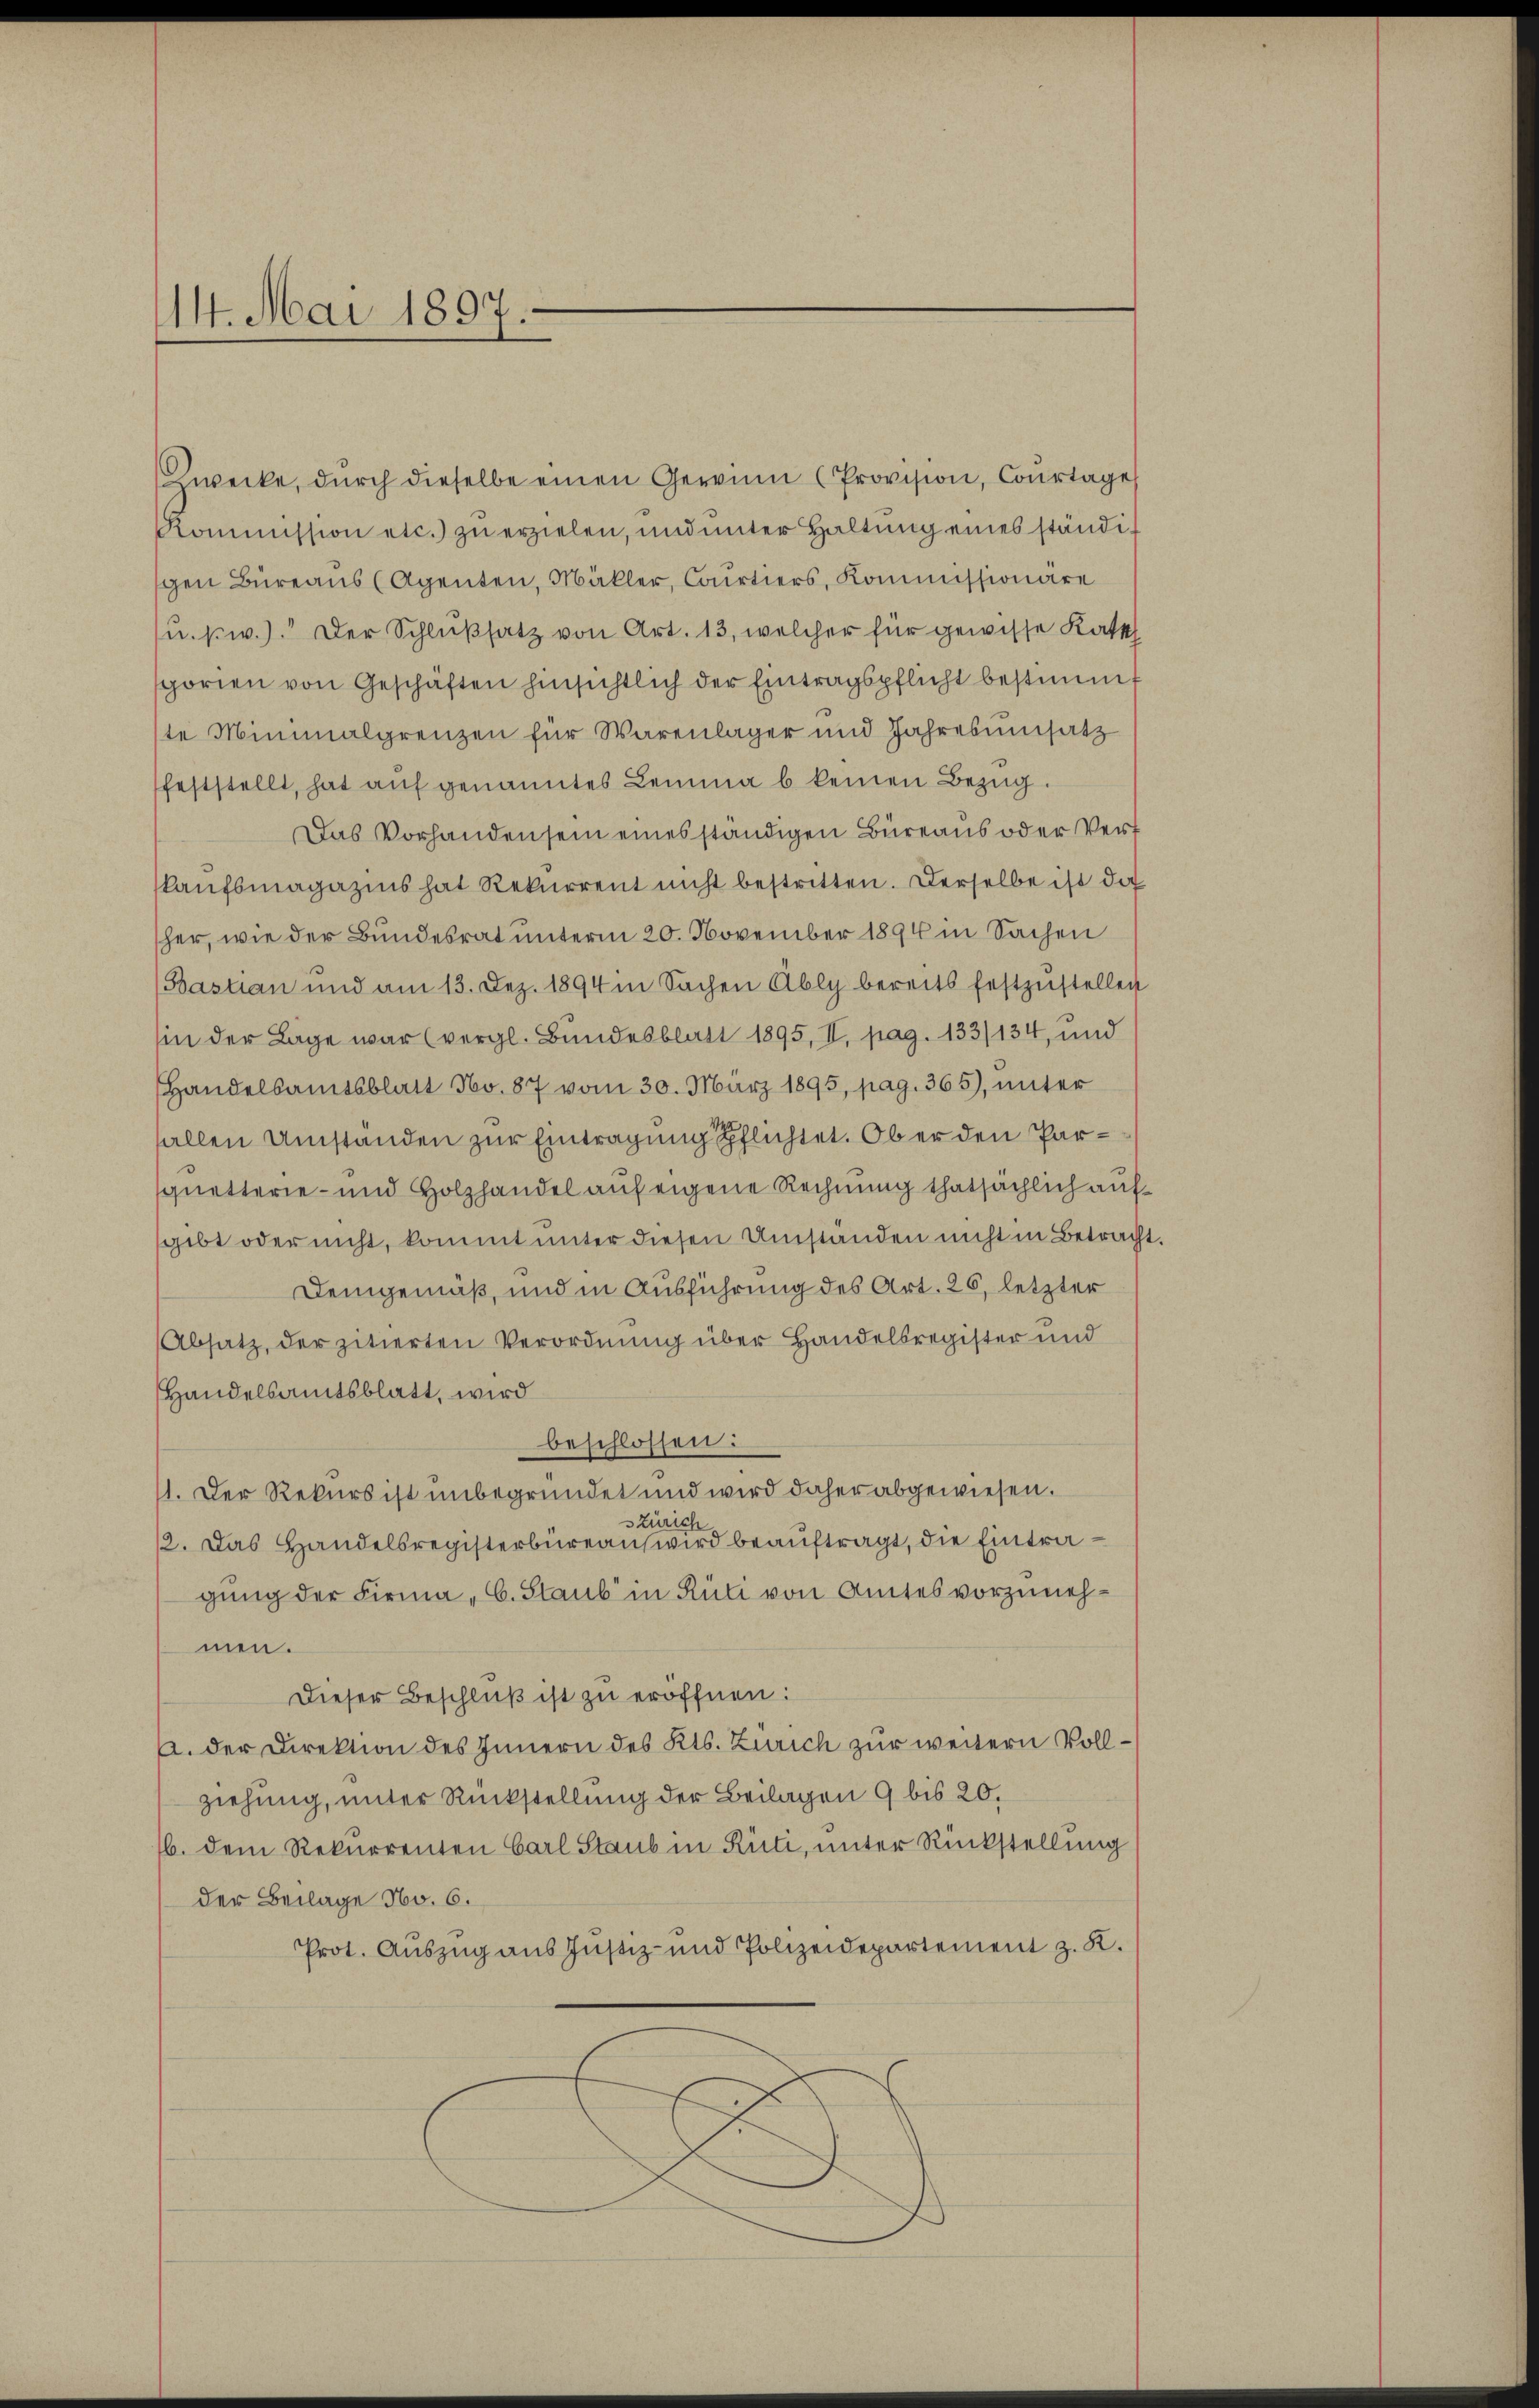
14. Mai 1897.

Zwecke, dŭrch dieselbe einen Gewinn (Provision, Courtages
Kommission etc. zŭ erzielen, und unter Haltŭng eines ständigen Büreaus (Agenten, Mäkler, Courtiers, Kommissionäre
u. s. w.). Der Schlußsatz von Art. 13, welcher für gewisse Kast
sgorien von Geschäften hinsichtlich der Eintragspflicht bestimmt
ste Minimalgrenzen für Warenlager und Jahresumsatz
feststellt, hat auf genanntes Lemma b keinen Bezug.
Das Vorhanden sein einesständigen Büreaus oder Verf
skaufsmagazins hat Rekurrent nicht bestritten. Derselbe ist da
her, wie der Bundesrat unterm 20. November 1894 in Sachen
(Bastian und am 13. Dez. 1894 in Sachen Ably bereits festzustellen
in der Lage war (vergl. Bundesblatt 1895, II, pag. 133/134, und
Handelsamtsblatt No. 87 vom 30. März 1895, pag. 365), unter
fallen Umständen zur Eintragung sichtet. Ob er den Parquetterie- und Holzhandel auf eigene Rechnung thatsächlich auf
gibt oder nicht, kommt unter diesen Umständen nicht in Betrach
Demgemäß, und in Ausführung des Art. 26, letzter
Absatz, der zitierten Verordnung über Handelsregister und
Handelsamtsblatt, wird
beschlossen:
1. Der Rekurs ist unbegründet und wird daher abgewiesen.
Zürich
12. Das Handelsregisterbüreau wird beauftragt, die Eintragung der Firma „C. Staub in Rüti von Amtes vorzunehmen.
Dieser Beschluß ist zu eröffnen:
a. der Direktion des Innern des Kts. Zürich zur weitern Vollziehung, unter Rückstellung der Beilagen 9 bis 20.
16. dem Rekurrenten Carl Staub in Rüti, unter Rückstellung
der Beilage No. 6.
Prot. Auszug aus Justiz- und Polizeidepartement z. K.